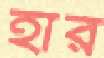
হার